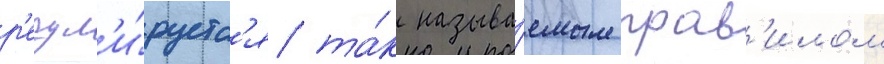
р'егул'и́руетс'я та́к называ́емым прав'илом